Indian journal of veterinary science and animal husbandry - Volume 1,
Year: 1931
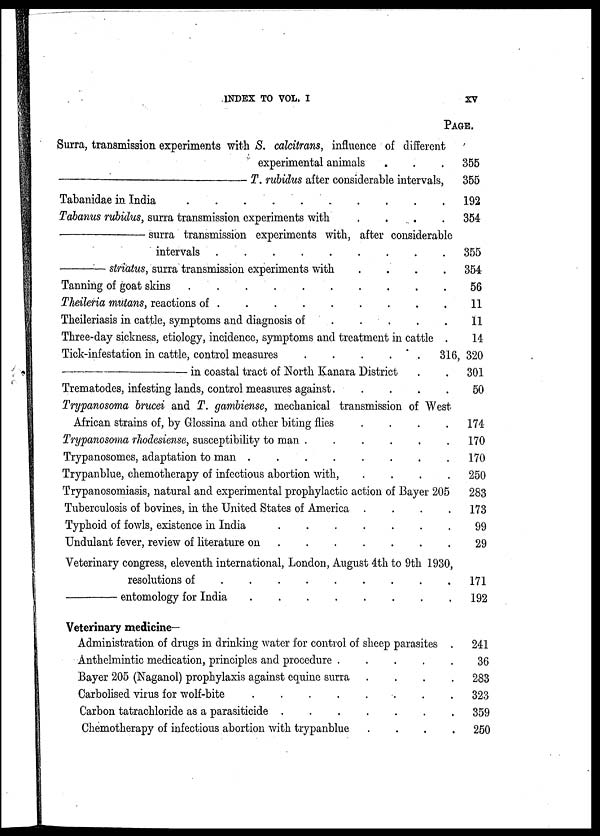
INDEX TO VOL. I
xv
Surra, transmission experiments with S. calcitrans, influence of different
experimental animals . . .
—
T. rubidus after considerable intervals,
Tabanidae in India
Tabanus rubidus, surra transmission experiments with
—
surra transmission experiments with, after considerable
intervals
—
striatus, surra transmission experiments with . . .
Tanning of goat skins
Theileria mutans, reactions of . . . . . . . .
Theileriasis in cattle, symptoms and diagnosis of . .
.
.
Three-day sickness, etiology, incidence, symptoms and treatment in cattle .
Tick-infestation in cattle, control measures
.
.
.
.
.
—
in coastal tract of North Kanara District . .
Trematodes, infesting lands, control measures against. . . .
Trypanosoma brucei and T. gambiense, mechanical transmission of West
African strains of, by Glossina and other biting flies . . .
Trypanosoma rhodesiense, susceptibility to man
Trypanosomes, adaptation to man
Trypanblue, chemotherapy of infectious abortion with, . . .
Trypanosomiasis, natural and experimental prophylactic action of Bayer 205
Tuberculosis of bovines, in the United States of America . . . .
Typhoid of fowls, existence in India
Undulant fever, review of literature on
Veterinary congress, eleventh international, London, August 4th to 9th 1930,
resolutions of
—
entomology for India
Veterinary medicine—
Administration of drugs in drinking water for control of sheep parasites .
Anthelmintic medication, principles and procedure .....
Bayer 205 (Naganol) prophylaxis against equine surra . . . .
Carbolised virus for wolf-bite
Carbon tatrachloride as a parasiticide
Chemotherapy of infectious abortion with trypanblue . . . .
PAGE.
355
355
192
354
355
354
56
11
11
14
316, 320
301
50
174
170
170
250
283
173
99
29
171
192
241
36
283
323
359
250